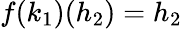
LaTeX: f(k_{1})(h_{2})=h_{2}